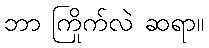
ဘာ ကြိုက်လဲ ဆရာ။